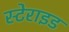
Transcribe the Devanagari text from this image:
स्टेराइड